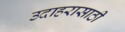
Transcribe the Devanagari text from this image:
उदाहरासाठी